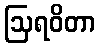
ဩရဝိတာ